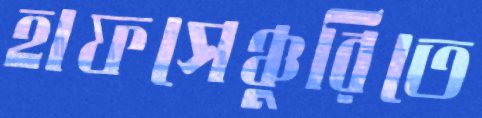
হাফসেঞ্চুরিতে